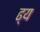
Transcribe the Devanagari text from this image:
ढ्य